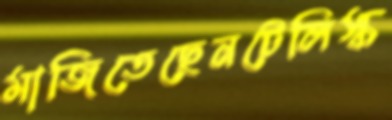
মাজিতেছেনটেলিস্ক